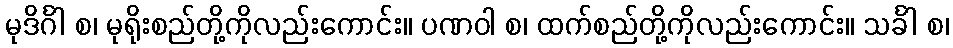
မုဒိင်္ဂါ စ၊ မုရိုးစည်တို့ကိုလည်းကောင်း။ ပဏဝါ စ၊ ထက်စည်တို့ကိုလည်းကောင်း။ သင်္ခါ စ၊